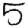
Digit: 5